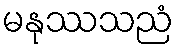
မနုဿသညံ